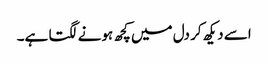
اسے دیکھ کر دل میں کچھ ہونے لگتا ہے۔